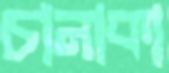
চানাকা